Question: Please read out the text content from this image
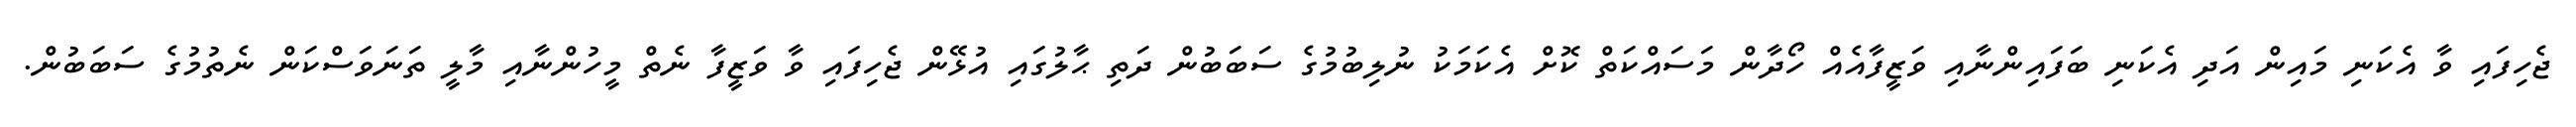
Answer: ޖެހިފައި ވާ އެކަނި މައިން އަދި އެކަނި ބަފައިންނާއި ވަޒީފާއެއް ހޯދާން މަސައްކަތް ކޮށް އެކަމަކު ނުލިބުމުގެ ސަބަބުން ދަތި ޙާލުގައި އުޅޭން ޖެހިފައި ވާ ވަޒީފާ ނެތް މީހުންނާއި މާލީ ތަނަވަސްކަން ނެތުމުގެ ސަބަބުން.